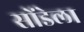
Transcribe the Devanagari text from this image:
सोंडेला